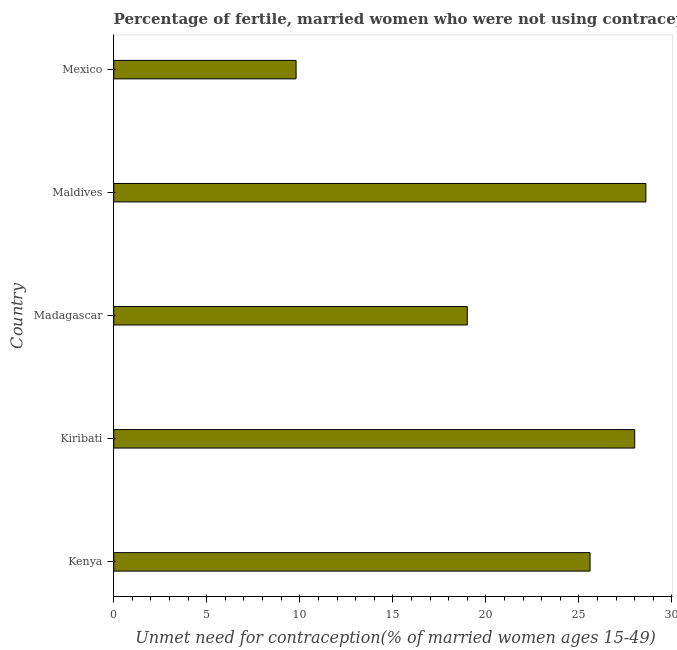
| Country | Unmet need for contraception |
 | --- | --- |
 | Kenya | 25.6 |
 | Kiribati | 28 |
 | Madagascar | 19 |
 | Maldives | 28.6 |
 | Mexico | 9.8 |